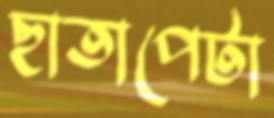
ছাতাপেটা